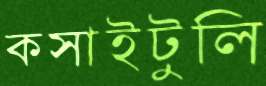
কসাইটুলি